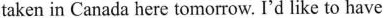
taken in Canada here tomorrow. I'd like to have